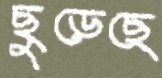
ছুড়েছে